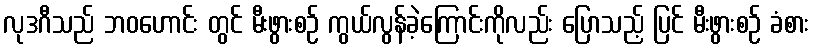
လုဒဂီသည် ဘဝဟောင်း တွင် မီးဖွားစဉ် ကွယ်လွန်ခဲ့ကြောင်းကိုလည်း ပြောသည့် ပြင် မီးဖွားစဉ် ခံစား